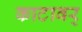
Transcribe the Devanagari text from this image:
काटावर्